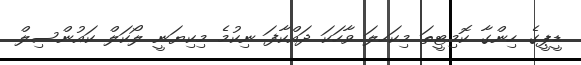
ޑީޕީގެ ހިންގާ ކޮމިޓީތަ މިކަހލަ ވާހަކަ ދައްކާފަ ނިކުމެ މިކިޔަނީ ލޯކަލް ކައުންސިލް